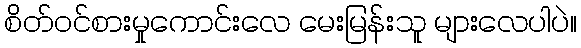
စိတ်ဝင်စားမှုကောင်းလေ မေးမြန်းသူ များလေပါပဲ။